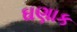
ઘણાક